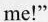
me!"